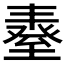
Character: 𦥆